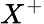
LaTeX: X^{+}